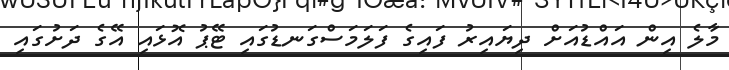
މާލެ އިން އައްޑުއަށް ދިޔައިރު ފައިގެ ފަލަމަސްގަނޑުގައި ޓޭޕު އޮޅައި އޭގެ ދަށުގައި